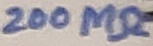
Text: 200MΩ